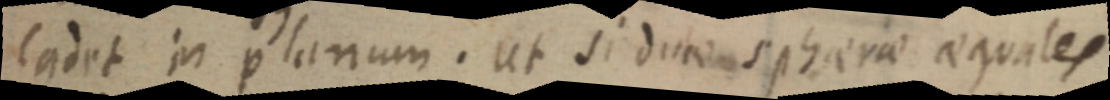
Cadet in planum. ut si duae spherae aequales